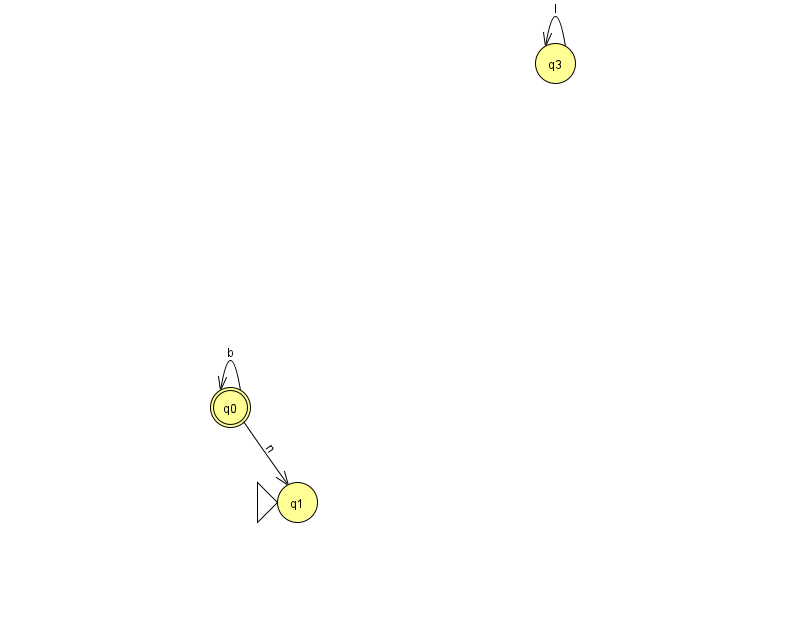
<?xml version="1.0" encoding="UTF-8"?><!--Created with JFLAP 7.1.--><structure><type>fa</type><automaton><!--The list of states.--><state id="0" name="q0"><x>230.0</x><y>394.0</y><final/></state><state id="1" name="q1"><x>297.0</x><y>489.0</y><initial/></state><state id="3" name="q3"><x>555.0</x><y>50.0</y></state><!--The list of transitions.--><transition><from>0</from><to>0</to><read>b</read></transition><transition><from>0</from><to>1</to><read>n</read></transition><transition><from>3</from><to>3</to><read>l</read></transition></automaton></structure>